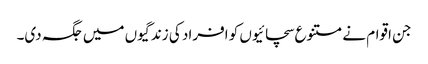
جن اقوام نے متنوع سچائیوں کو افراد کی زندگیوں میں جگہ دی۔